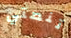
تنصتي